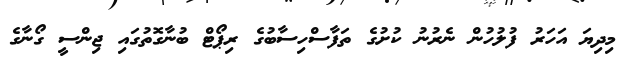
މިދިޔަ އަހަރު ފުލުހުން ނެރުނު ކުށުގެ ތަފާސްހިސާބުގެ ރިޕޯޓް ބުނާގޮތުގައި ޖިންސީ ގޯނާގެ